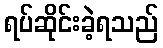
ရပ်ဆိုင်းခဲ့ရသည်